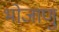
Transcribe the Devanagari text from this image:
भोजाणु